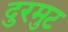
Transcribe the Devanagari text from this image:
दुरमुट